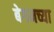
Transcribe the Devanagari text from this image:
बेगमच्या